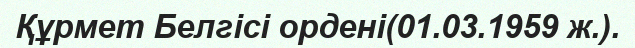
Құрмет Белгісі ордені(01.03.1959 ж.).